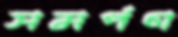
সমর্পণ